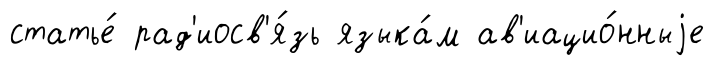
статье́ рад'иосв'я́зь языка́м ав'иацио́нныjе